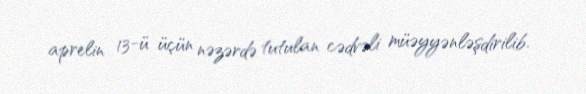
aprelin 13-ü üçün nəzərdə tutulan cədvəli müəyyənləşdirilib.